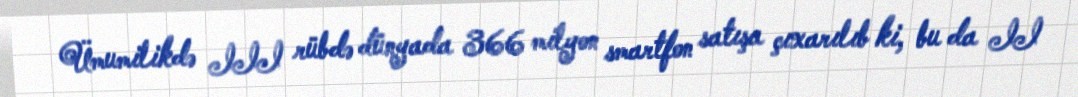
Ümumilikdə III rübdə dünyada 366 milyon smartfon satışa çıxarılıb ki, bu da II